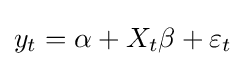
y_{t}=\alpha +X_{t}\beta +\varepsilon _{t}